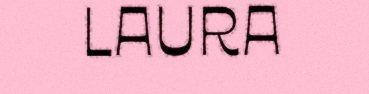
LAURA